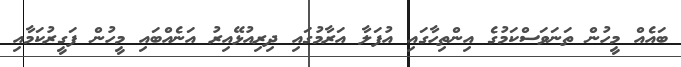
ބައެއް މީހުން ތަނަވަސްކަމުގެ އިންތިހާގައި އުފަލާ އަރާމުގައި ދިރިއުޅޭއިރު އަނެއްބައި މީހުން ފަގީރުކަމާއި